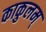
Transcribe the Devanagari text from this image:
काकुलम्